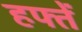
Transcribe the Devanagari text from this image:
हफ्तें